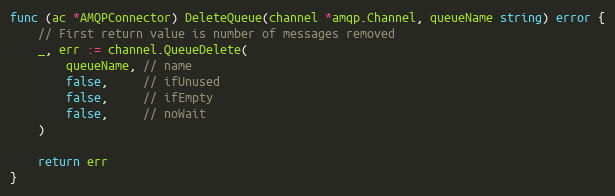
Language: Go
func (ac *AMQPConnector) DeleteQueue(channel *amqp.Channel, queueName string) error {
	// First return value is number of messages removed
	_, err := channel.QueueDelete(
		queueName, // name
		false,     // ifUnused
		false,     // ifEmpty
		false,     // noWait
	)

	return err
}